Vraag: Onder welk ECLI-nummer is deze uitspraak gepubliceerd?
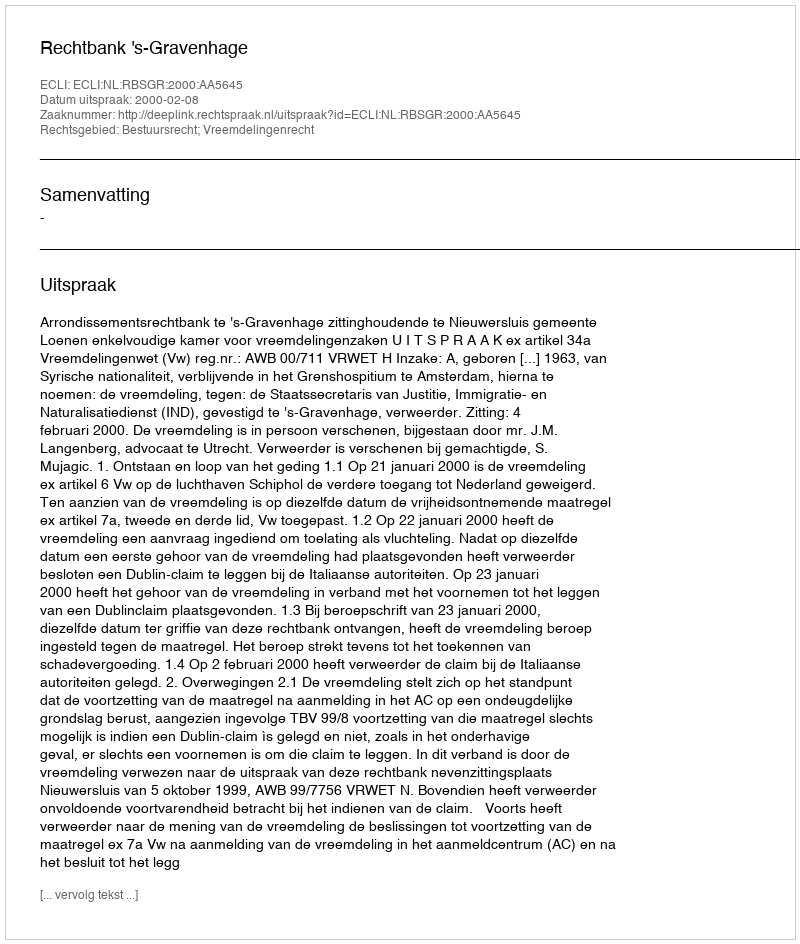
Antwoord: ECLI:NL:RBSGR:2000:AA5645